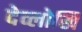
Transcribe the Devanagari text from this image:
देव्लोखि